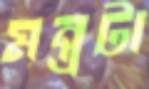
মন্ত্রটা